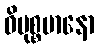
ဝိမုစ္စမာနော